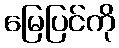
မြေပြင်ကို